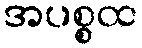
အပစ္စထ